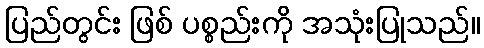
ပြည်တွင်း ဖြစ် ပစ္စည်းကို အသုံးပြုသည်။